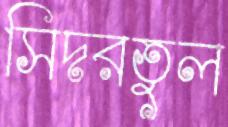
সিদরতুল